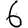
Digit: 6